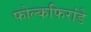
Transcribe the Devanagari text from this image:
फोल्कफिरांडे